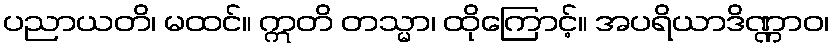
ပညာယတိ၊ မထင်။ ဣတိ တသ္မာ၊ ထိုကြောင့်။ အပရိယာဒိဏ္ဏာဝ၊